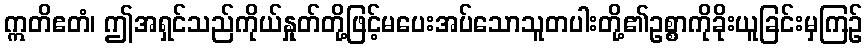
ဣတိဧတံ၊ ဤအရှင်သည်ကိုယ်နှုတ်တို့ဖြင့်မပေးအပ်သောသူတပါးတို့၏ဥစ္စာကိုခိုးယူခြင်းမှကြဉ်